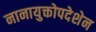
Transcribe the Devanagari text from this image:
नानायुक्तोपदेशेन